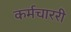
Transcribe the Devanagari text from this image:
कर्मचाररी